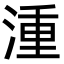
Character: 湩